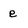
Character: e